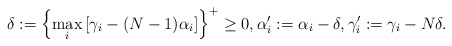
\begin{align*}\delta:=\left\{\max_i\left[\gamma_i-(N-1)\alpha_i\right]\right\}^+\ge 0, \alpha_i':= \alpha_i-\delta,\gamma_i':= \gamma_i-N \delta.\end{align*}